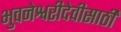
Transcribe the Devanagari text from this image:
भुवनेश्वरीदेवीसाठी